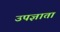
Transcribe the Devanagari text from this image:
उपज्ञाता